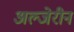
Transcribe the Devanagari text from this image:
अल्जेरीन